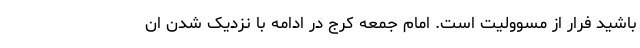
باشید فرار از مسوولیت است. امام جمعه کرج در ادامه با نزدیک شدن ان